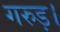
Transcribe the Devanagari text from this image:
गरुड़।